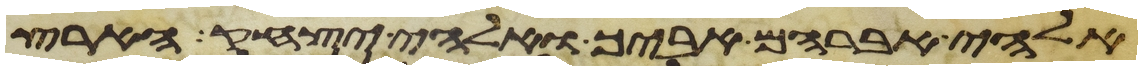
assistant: אלהי אברהם אביך ואלהי יצחק הארץ